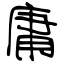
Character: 庸